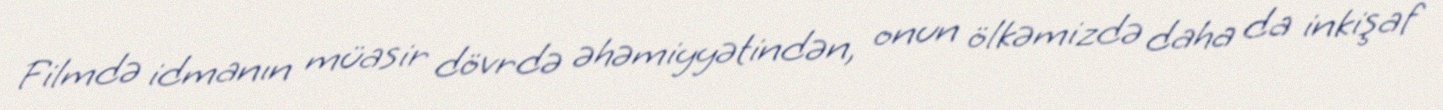
Filmdə idmanın müasir dövrdə əhəmiyyətindən, onun ölkəmizdə daha da inkişaf